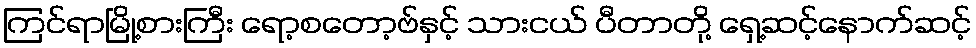
ကြင်ရာမြို့စားကြီး ရော့စတော့ဗ်နှင့် သားငယ် ပီတာတို့ ရှေ့ဆင့်နောက်ဆင့်